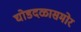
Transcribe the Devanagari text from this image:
घोडदळासमोर